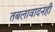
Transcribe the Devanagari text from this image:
तबलावादनही